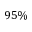
9 5 \%